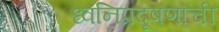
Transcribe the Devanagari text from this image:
ध्वनिप्रदूषणाची